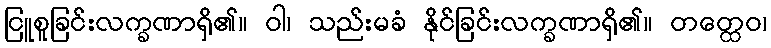
ငြူစူခြင်းလက္ခဏာရှိ၏။ ဝါ၊ သည်းမခံ နိုင်ခြင်းလက္ခဏာရှိ၏။ တတ္ထေဝ၊